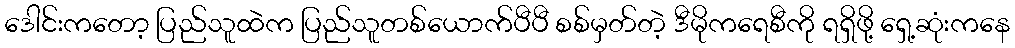
ဒေါင်းကတော့ ပြည်သူထဲက ပြည်သူတစ်ယောက်ပီပီ စစ်မှတ်တဲ့ ဒီမိုကရေစီကို ရရှိဖို့ ရှေ့ဆုံးကနေ